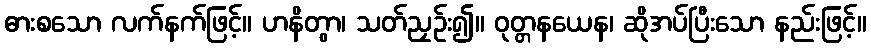
ဓားစသော လက်နက်ဖြင့်။ ဟနိတွာ၊ သတ်ညှဉ်း၍။ ဝုတ္တနယေန၊ ဆိုအပ်ပြီးသော နည်းဖြင့်။